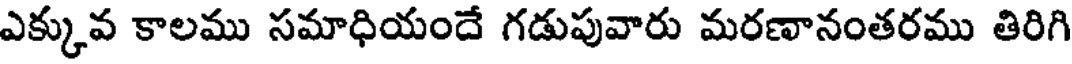
ఎక్కువ కాలము సమాధియందే గడుపువారు మరణానంతరము తిరిగి